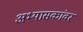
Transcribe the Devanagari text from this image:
अभ्यासकांवर